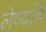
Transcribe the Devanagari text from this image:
लेण्यांचॆ